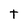
Character: t